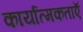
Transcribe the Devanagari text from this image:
कार्यात्मकताऍ